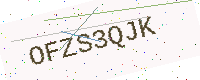
Text: OFZS3QJK